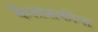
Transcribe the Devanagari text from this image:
कैलाशकोना